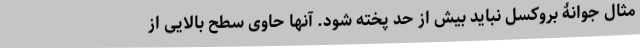
مثال جوانۀ بروکسل نباید بیش از حد پخته شود. آنها حاوی سطح بالایی از